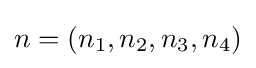
n=(n_{1},n_{2},n_{3},n_{4})